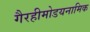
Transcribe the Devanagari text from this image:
गैरहीमोडयनामिक